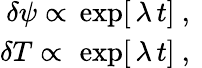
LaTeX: \begin{array}{r}{\delta{\psi}\propto\, \exp[\, \lambda\, t]\ ,\ }\\ {\delta{T}\propto\, \, \exp[\, \lambda\, t]\ ,\ }\end{array}